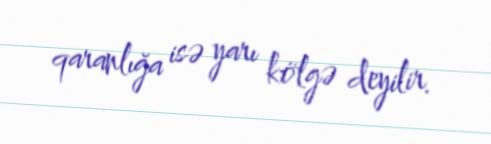
qaranlığa isə yarı kölgə deyilir.